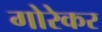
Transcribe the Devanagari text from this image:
गोरेकर